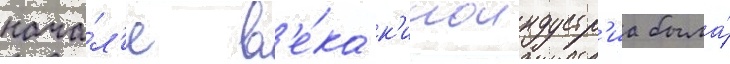
нача́л'е в'е́ка к'иноиндустр'иа была́